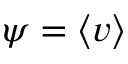
\psi = \langle v \rangle